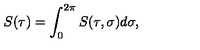
S ( \tau ) = \int _ { 0 } ^ { 2 \pi } S ( \tau , \sigma ) d \sigma ,